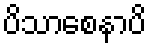
ပိသာစေနာပိ